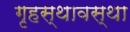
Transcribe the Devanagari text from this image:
गृहस्थावस्था